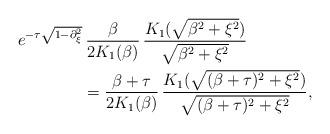
LaTeX: \begin{align*}&e^{-\tau\sqrt{1-\partial_{\xi}^{2}}}\, \frac{\beta}{2K_{1}(\beta)}\, \frac{K_{1}(\sqrt{\beta^{2}+\xi^{2}})}{\sqrt{\beta^{2}+\xi^{2}}} \\&\qquad\qquad= \frac{\beta+\tau}{2K_{1}(\beta)}\, \frac{K_{1}(\sqrt{(\beta+\tau)^{2}+\xi^{2}})}{\sqrt{(\beta+\tau)^{2}+\xi^{2}}},\end{align*}